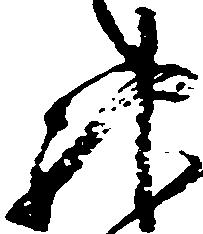
神